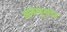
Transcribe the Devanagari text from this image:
अमैच्योर